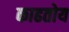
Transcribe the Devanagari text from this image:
काढतोय